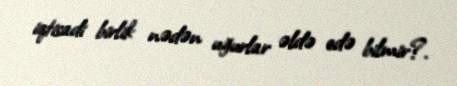
iqtisadi birlik nədən uğurlar əldə edə bilmir?.